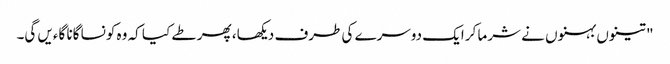
" تینوں بہنوں نے شرما کر ایک دوسرے کی طرف دیکھا، پھر طے کیا کہ وہ کونسا گانا گاءیں گی۔